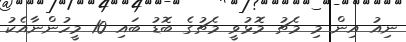
ނިއު އިން މި މެޗު މޮޅުވީ މެޗުގެ ބޮޑު ބައި 10 މީހުންނާއެކު